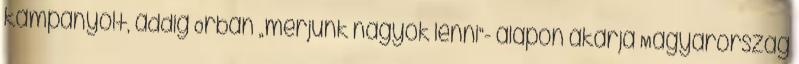
kampányolt, addig Orbán „merjünk nagyok lenni”- alapon akarja Magyarország